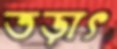
তড়াৎ